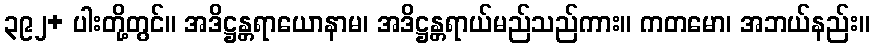
၃၉၂+ ပါးတို့တွင်။ အဒိဋ္ဌန္တရာယောနာမ၊ အဒိဋ္ဌန္တရာယ်မည်သည်ကား။ ကတမော၊ အဘယ်နည်း။